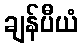
ချန်ပီယံ